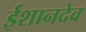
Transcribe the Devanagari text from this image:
ईशानदेव